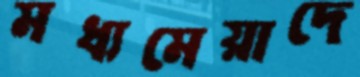
মধ্যমেয়াদে